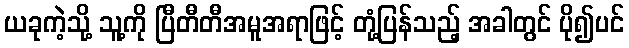
ယခုကဲ့သို့ သူ့ကို ပြီတီတီအမူအရာဖြင့် တုံ့ပြန်သည့် အခါတွင် ပို၍ပင်